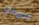
سيدتى